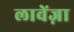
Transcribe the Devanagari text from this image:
लावेंज़ा